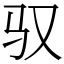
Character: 驭